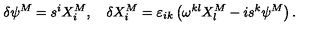
\delta \psi ^ { M } = s ^ { i } X _ { i } ^ { M } , \quad \delta X _ { i } ^ { M } = \varepsilon _ { i k } \left( \omega ^ { k l } X _ { l } ^ { M } - i s ^ { k } \psi ^ { M } \right) .